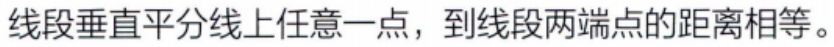
线段垂直平分线上任意一点，到线段两端点的距离相等。